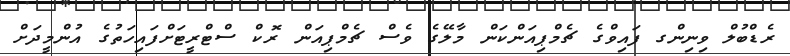
ރެޑްބުލް ވިނިންގ ފައިވްގެ ޗެމްޕިއަންކަން މާލޭގެ ވެސް ޗެމްޕިއަން ރޮކް ސްޓްރީޓަށްފައިހަތުގެ އުންމީދަށް